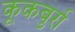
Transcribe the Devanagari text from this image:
कूकबुर्रा